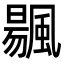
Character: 䬗